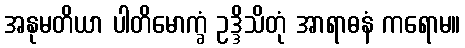
အနုမတိယာ ပါတိမောက္ခံ ဥဒ္ဒိသိတုံ အာရာဓနံ ကရောမ။